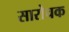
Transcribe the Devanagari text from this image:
सारोचक